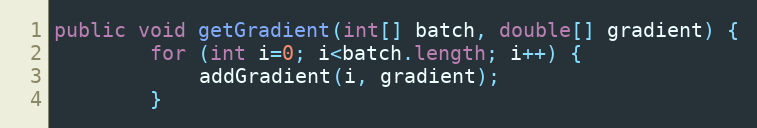
Language: Java
public void getGradient(int[] batch, double[] gradient) {
        for (int i=0; i<batch.length; i++) {
            addGradient(i, gradient);
        }